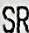
SR